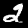
Label: 2